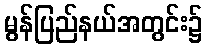
မွန်ပြည်နယ်အတွင်း၌